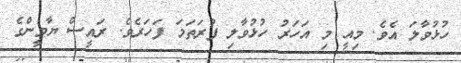
ހުޅުވާލަ އެވެ. މިއީ މި އަހަރު ހުޅުވާލި ފުރަތަމަ ފަހަރެވެ. ރައީސް ޔާމީންގެ